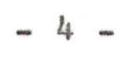
- 4 -